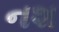
નશ